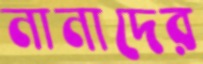
নানাদের